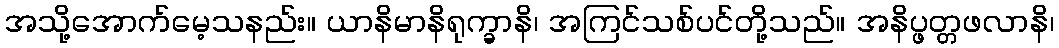
အသို့အောက်မေ့သနည်း။ ယာနိမာနိရုက္ခာနိ၊ အကြင်သစ်ပင်တို့သည်။ အနိပ္ဖတ္တဖလာနိ၊